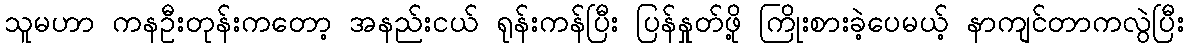
သူမဟာ ကနဦးတုန်းကတော့ အနည်းငယ် ရုန်းကန်ပြီး ပြန်နှုတ်ဖို့ ကြိုးစားခဲ့ပေမယ့် နာကျင်တာကလွဲပြီး